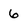
Character: 6